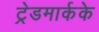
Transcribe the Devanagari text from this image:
ट्रेडमार्कके